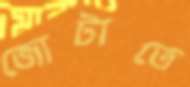
জোটাতে